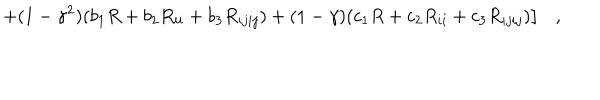
LaTeX: \left. + ( 1 - \gamma ^ { 2 } ) ( b _ { 1 } R + b _ { 2 } R _ { i i } + b _ { 3 } R _ { i j i j } ) + ( 1 - \gamma ) ( c _ { 1 } R + c _ { 2 } R _ { i i } + c _ { 3 } R _ { i j i j } ) \right] ,